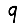
Digit: 9